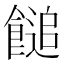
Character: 䭔